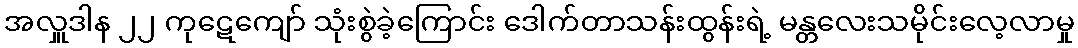
အလှူဒါန ၂၂ ကုဋေကျော် သုံးစွဲခဲ့ကြောင်း ဒေါက်တာသန်းထွန်းရဲ့ မန္တလေးသမိုင်းလေ့လာမှု